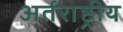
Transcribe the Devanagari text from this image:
अर्तराष्ट्रीय